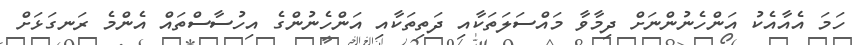
ހަމަ އެއާއެކު އަންހެނުންނަށް ދިމާވާ މައްސަލަތަކާއި ދަތިތަކާއި އަންހެނުންގެ އިހުސާސްތައް އެންމެ ރަނގަޅަށް